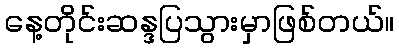
နေ့တိုင်းဆန္ဒပြသွားမှာဖြစ်တယ်။